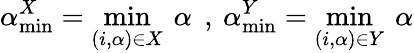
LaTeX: \alpha_{\operatorname*{min}}^{X}=\operatorname*{min}_{(i,\alpha)\in X}\: \alpha\: \: ,\: \alpha_{\operatorname*{min}}^{Y}=\operatorname*{min}_{(i,\alpha)\in Y}\: \alpha